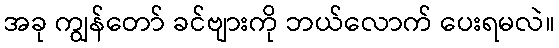
အခု ကျွန်တော် ခင်ဗျားကို ဘယ်လောက် ပေးရမလဲ။